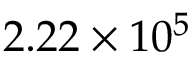
2 . 2 2 \times 1 0 ^ { 5 }